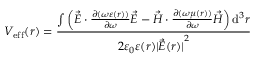
V _ { \mathrm { e f f } } ( \boldsymbol { r } ) = \frac { \int \left( \vec { E } \cdot \frac { \partial ( \omega \varepsilon ( \boldsymbol { r } ) ) } { \partial \omega } \vec { E } - \vec { H } \cdot \frac { \partial ( \omega \mu ( \boldsymbol { r } ) ) } { \partial \omega } \vec { H } \right) \mathrm { d } ^ { 3 } \boldsymbol { r } } { 2 \varepsilon _ { 0 } \varepsilon ( \boldsymbol { r } ) { \lvert \vec { E } ( \boldsymbol { r } ) \rvert } ^ { 2 } }